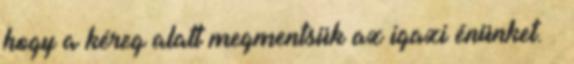
hogy a kéreg alatt megmentsük az igazi énünket. –